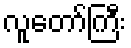
လူတော်ကြီး